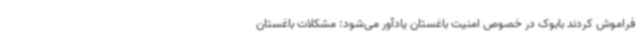
فراموش کردند بابوک در خصوص امنیت باغستان یادآور می‌شود: مشکلات باغستان